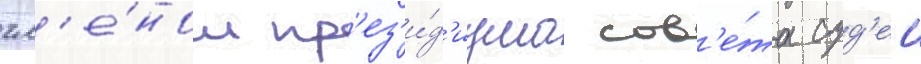
чл'е́ном пр'ез'и́д'иума сов'е́та суд'еи